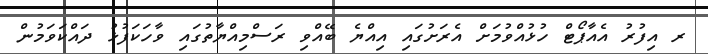
ރ އިފުރު އެއާޕޯޓް ހުޅުއްވުމަށް އެރަށުގައި އިއްޔެ ބޭއްވި ރަސްމިއްޔާތުގައި ވާހަކަފުޅު ދައްކަވަމުން